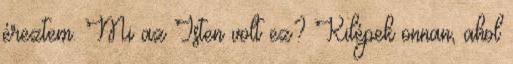
éreztem. Mi az Isten volt ez? Kilépek onnan, ahol